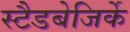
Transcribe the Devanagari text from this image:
स्टैडबेजिर्के